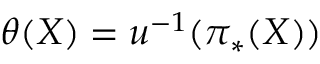
\theta ( X ) = u ^ { - 1 } ( \pi _ { * } ( X ) )